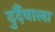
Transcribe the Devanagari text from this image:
दुर्दैवाला